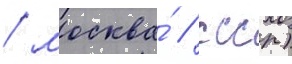
/ москва́ / ссср)